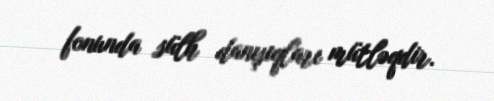
fonunda sülh danışıqları mütləqdir.